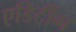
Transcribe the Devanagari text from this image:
एडिटींग